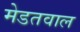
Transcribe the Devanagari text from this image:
मेडतवाल